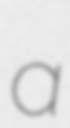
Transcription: a